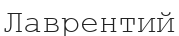
Лаврентий